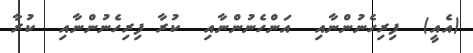
(އެއީ)  ފިރިހެނުންނާއި  އަންހެނުންނާއި  ކުރާ ފިރިހެނުންނާއި  ކުރާ